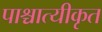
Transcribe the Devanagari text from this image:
पाश्चात्यीकृत